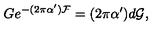
G e ^ { - ( 2 \pi \alpha ^ { \prime } ) { \cal F } } = ( 2 \pi \alpha ^ { \prime } ) d { \cal G } ,